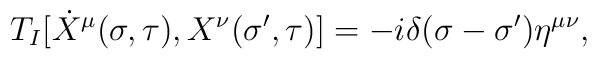
T_I[\dot{X}^\mu (\sigma,\tau),X^\nu(\sigma',\tau)]=-i\delta (\sigma-\sigma')\eta^{\mu\nu},